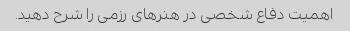
اهمیت دفاع شخصی در هنرهای رزمی را شرح دهید.